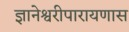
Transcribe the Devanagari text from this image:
ज्ञानेश्वरीपारायणास